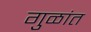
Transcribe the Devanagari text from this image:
गुळांत